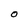
Character: O